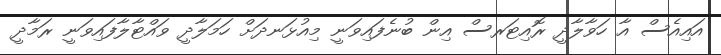
އައިއެސް އާ ހަވާލާދީ ރޮއިޓަރސް އިން ބުނެފައިވަނީ މިއުޅަނދަށް ހަމަލާދީ ވައްޓާލާފައިވަނީ ރަމާދީ